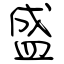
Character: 盛